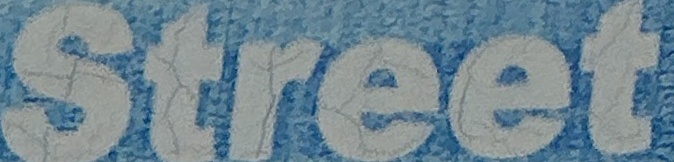
Street